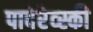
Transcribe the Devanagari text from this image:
पादेरेव्स्की